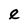
Character: e